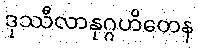
ဒုဿီလာနုဂ္ဂဟိတေန